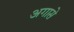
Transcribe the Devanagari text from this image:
अगासे